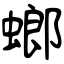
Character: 螂